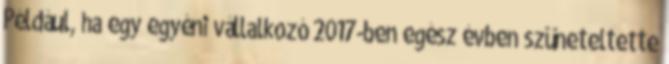
Például, ha egy egyéni vállalkozó 2017-ben egész évben szüneteltette